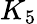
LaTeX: K_{5}